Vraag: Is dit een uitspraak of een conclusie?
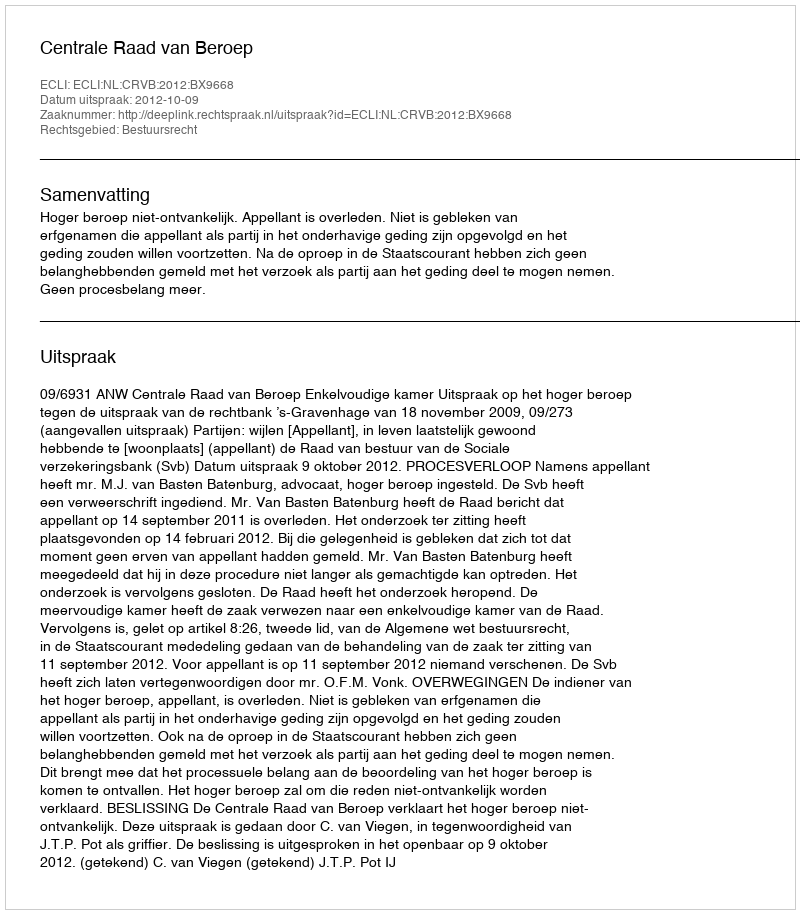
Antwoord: Uitspraak